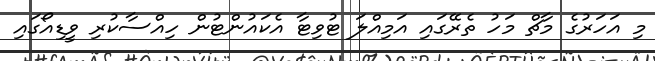
މި އަހަރުގެ މާޗް މަހު ތެރޭގައި އަމިއްލަ ޓުވިޓާ އެކައުންޓުން ހިއްސާކުރި ވީޑިއޯގައި